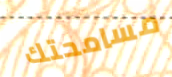
مسامحتك